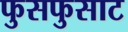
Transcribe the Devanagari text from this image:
फुसफुसाट